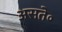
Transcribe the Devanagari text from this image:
असते॰